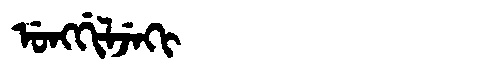
Manchu: ᡠᠩᡤᡳᠯᠵᡝᡴᡳ
Romanization: UNGGILJEKI